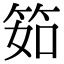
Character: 筎